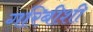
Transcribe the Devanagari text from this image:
गरिबीशी